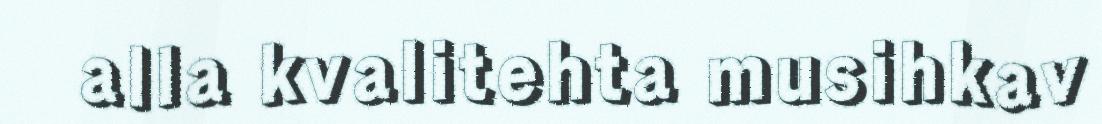
alla kvalitehta musihkav